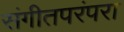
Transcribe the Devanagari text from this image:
संगीतपरंपरा